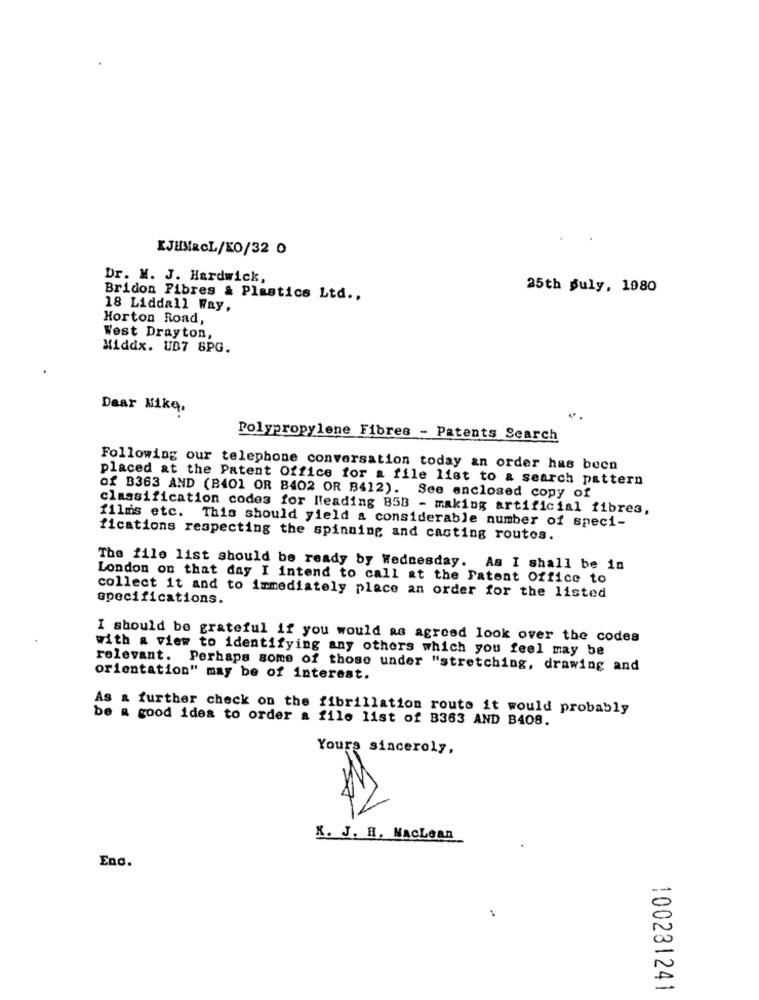
KJHMRCL/KO/32 0
Dr. M. J. Hardwick,
25th july, 1980
Bridon Fibres & Plastics Ltd .,
18 Liddall Way,
Horton Road,
West Drayton,
Middx. UD7 SPG.
Dear Mike,
Polypropylene Fibres - Patents Search
Following our telephone conversation today an order has been
placed at the Patent Office for a file list to a search pattern
of B363 AND (B401 OR B402 OR B412). See enclosed copy of
classification codes for leading B58 - making artificial fibres,
films etc. This should yield a considerable number of speci-
fications respecting the spinning and casting routes.
The file list should be ready by Wednesday. As I shall be in
London on that day I intend to call at the Patent Office to
collect it and to immediately place an order for the listed
specifications.
I should be grateful if you would as agreed look over the codes
with a view to identifying any others which you feel may be
relevant. Perhaps some of those under "stretching, drawing and
orientation" may be of interest.
As & further check on the fibrillation route it would probably
be a good idea to order a file list of B363 AND B408.
Yours sincerely,
K. J. H. NacLean
Enc.
--
1
0
100231241